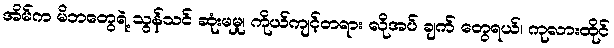
အိမ်က မိဘတွေရဲ့ သွန်သင် ဆုံးမမှု၊ ကိုယ်ကျင့်တရား လိုအပ် ချက် တွေရယ်၊ ကုလားထိုင်